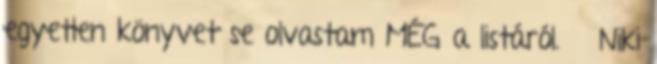
egyetlen könyvet se olvastam MÉG a listáról. 😆 Niki